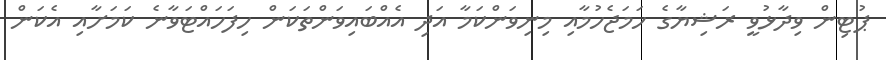
ޕުޓިން ވިދާޅުވީ ރަޝިޔާގެ ހަމަޖެހުމާއި މިނިވަންކަމާ އަދި އެއްބައިވަންތަކަން ހިފަހައްޓަވާނެ ކަމަށާއި އެކަން